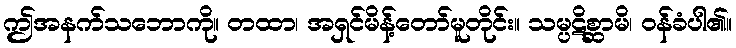
ဤအနက်သဘောကို။ တထာ၊ အရှင်မိန့်တော်မူတိုင်း။ သမ္ပဋိစ္ဆာမိ၊ ဝန်ခံပါ၏။